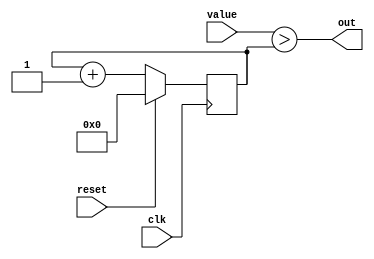
/* out is high while the 8-bit counter is < value, low when above */
module pwm (
  input clk,
  input reset,
  input [7:0]value,
  output out );
  
  reg [7:0]count;
  
  initial begin
    count = 0;
  end
  
  assign out = (value > count);

  always @(posedge clk) begin
    count <= count + 1;
    if (reset) begin
      count <= 0;
    end
  end
endmodule